Indian journal of veterinary science and animal husbandry - Volumes 15-17, 1948-1951
Year: 1948
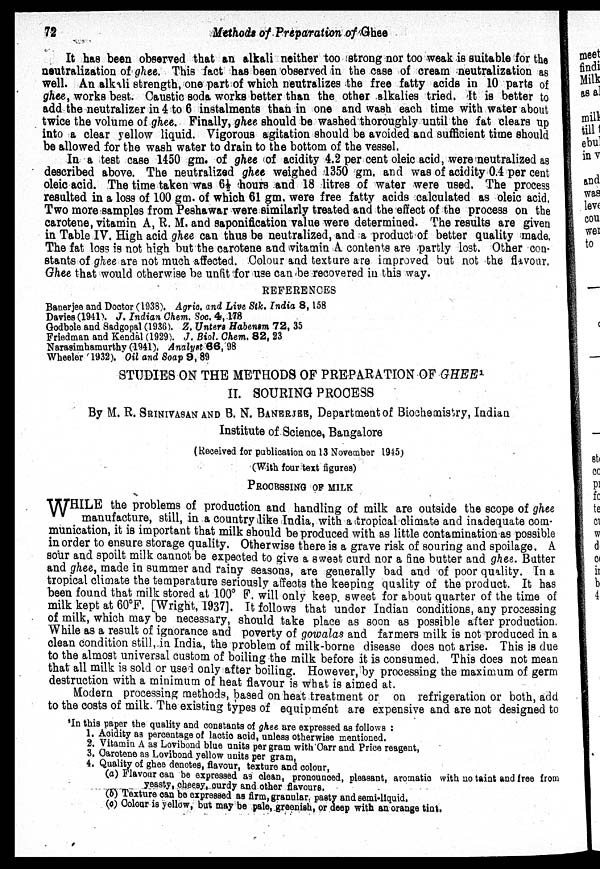
72
Methods
of Preparation of Ghee
It has been observed that an alkali neither too strong nor too weak is suitable for the
neutralization of ghee. This fact has been observed in the case of cream neutralization as
well. An alkali strength, one part of which neutralizes the free fatty acids in 10 parts of
ghee, works best. Caustic soda works better than the other alkalies tried. It is better to
add the neutralizer in 4 to 6 instalments than in one and wash each time with water about
twice the volume of ghee. Finally, ghee should be washed thoroughly until the fat clears up
into a clear yellow liquid. Vigorous agitation should be avoided and sufficient time should
be allowed for the wash water to drain to the bottom of the vessel.
In a test case 1450 gm. of ghee of acidity 4.2 per cent oleic acid, were neutralized as
described above. The neutralized ghee weighed 1350 gm. and was of acidity 0.4 per cent
oleic acid. The time taken was 6½ hours and 18 litres of water were used. The process
resulted in a loss of 100 gm. of which 61 gm. were free fatty acids calculated as oleic acid,
Two more samples from Peshawar were similarly treated and the effect of the process on the
carotene, vitamin A, R. M. and saponification value were determined. The results are given
in Table IV. High acid ghee can thus be neutralized, and a product of better quality made.
The fat loss is not high but the carotene and vitamin A contents are partly lost. Other con-
stants of ghee are not much affected. Colour and texture are improved but not the flavour.
Ghee that would otherwise be unfit for use can be recovered in this way.
REFERENCES
Banerjee and Doctor (1938). Agric. and Live Stk. India 8, 158
Davies(194l ). J. Indian Chem. Soc. 4, 178
Godbole and Sadgopal (1936). Z. Unters Habensm 72, 35
Friedman and Kendal (1929). J. Biol. Chem. 82, 23
Narasimhamurthy (1941). Analyst 66, 98
Wheeler ( 1932). Oil and Soap 9, 89
STUDIES ON THE METHODS OF PREPARATION OF GHEE 1
II. SOURING PROCESS
By M. R. SRINIVASAN AND B. N. BANERJEE, Department of Biochemistry, Indian
Institute of Science, Bangalore
(Received for publication on 13 November 1945)
(With four text figures)
PROCESSING OF MILK
WHILE the problems of production and handling of milk are outside the scope of ghee
manufacture, still, in a country like India, with a tropical climate and inadequate com-
munication, it is important that milk should be produced with as little contamination as possible
in order to ensure storage quality. Otherwise there is a grave risk of souring and spoilage. A
sour and spoilt milk cannot be expected to give a sweet curd nor a fine butter and ghee. Butter
and ghee, made in summer and rainy seasons, are generally bad and of poor quality. In a
tropical climate the temperature seriously affects the keeping quality of the product. It has
been found that milk stored at 100° F. will only keep sweet for about quarter of the time of
milk kept at 60° F. [Wright, 1937]. It follows that under Indian conditions, any processing
of milk, which may be necessary, should take place as soon as possible after production.
While as a result of ignorance and poverty of gowalas and farmers milk is not produced in a
clean condition still, in India, the problem of milk-borne disease does not arise. This is due
to the almost universal custom of boiling the milk before it is consumed. This does not mean
that all milk is sold or used only after boiling. However, by processing the maximum of germ
destruction with a minimum of heat flavour is what is aimed at.
Modern processing methods, based on heat treatment or on refrigeration or both, add
to the costs of milk. The existing types of equipment are expensive and are not designed to
'In this paper the quality and constants of ghee are expressed as follows :
1. Acidity as percentage of lactic acid, unless otherwise mentioned.
2. Vitamin A as Lovibond blue units per gram with Carr and Price reagent,
3. Carotene as Lovibond yellow units per gram,
4. Quality of ghee denotes, flavour, texture and colour,
(a) Flavour can be expressed as clean, pronounced, pleasant, aromatic with no taint and free from
yeasty, cheesy, curdy and other flavours.
(b) Texture can be expressed as firm, granular pasty and semi-liquid.
(c) Colour is yellow, but may be pale, greenish, or deep with an orange tint.